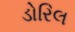
ડોરિલ